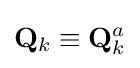
\mathbf {Q} _{k}\equiv \mathbf {Q} _{k}^{a}